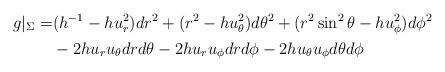
LaTeX: \begin{align*} g|_\Sigma=&(h^{-1}-hu^2_r)dr^2+(r^2-hu^2_\theta)d\theta^2+(r^2\sin^2\theta-hu^2_\phi)d\phi^2\\&-2hu_ru_\theta drd\theta -2hu_ru_\phi drd\phi-2h u_\theta u_\phi d\theta d\phi\end{align*}